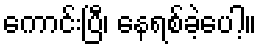
ကောင်းပြီ၊ နေရစ်ခဲ့ပေါ့။